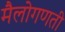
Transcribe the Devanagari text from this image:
मैलोगणती